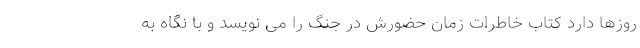
روزها دارد کتاب خاطرات زمان حضورش در جنگ را می نویسد و با نگاه به